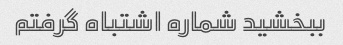
ببخشید شماره اشتباه گرفتم